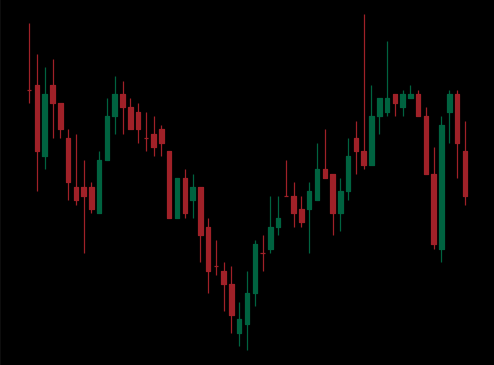
Pattern: inverse_head_shoulders